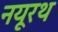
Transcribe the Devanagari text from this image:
नयूरथ